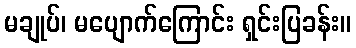
မချုပ်၊ မပျောက်ကြောင်း ရှင်းပြခန်း။